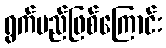
ရွက်မည်ဖြစ်ကြောင်း